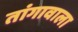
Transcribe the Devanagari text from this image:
तांगावाला